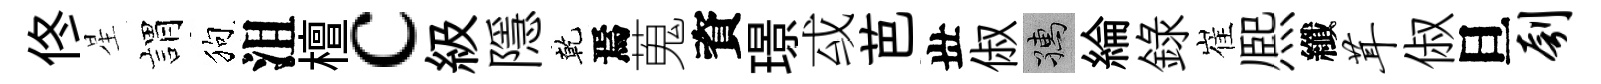
佟星娟狗沮檀c級隱乾焉蒐資璟㦯芭丗俶孺綸録崔熈纖茸俶旦刳